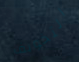
التخويف